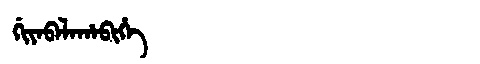
Manchu: ᡤᡳᠶᠠᠪᠠᠯᠠᡥᠠᠪᡳᡥᡝ
Romanization: GIYABALAHABIHE